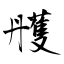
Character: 雘